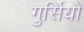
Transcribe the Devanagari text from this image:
गुर्सियो